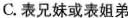
C.表兄妹或表姐弟